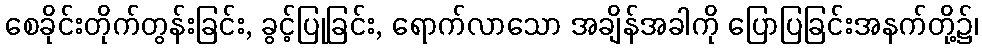
စေခိုင်းတိုက်တွန်းခြင်း, ခွင့်ပြုခြင်း, ရောက်လာသော အချိန်အခါကို ပြောပြခြင်းအနက်တို့၌၊